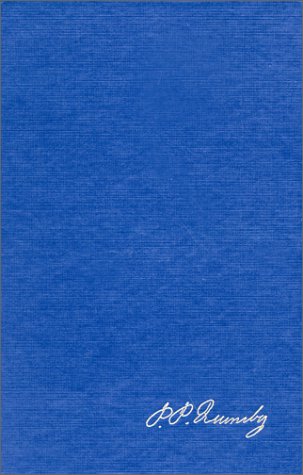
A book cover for The Complete Writings: Vol 1; Phineas Parkhurst Quimby; Christian Books & Bibles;